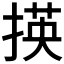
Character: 𢰶